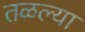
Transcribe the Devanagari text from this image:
तळल्या